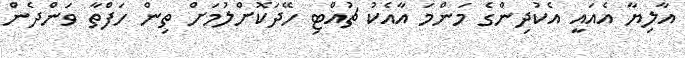
އާލިޔާ އެއައީ އެކުދިންގެ މަންމަ އާއެކު ޗުއްޓި ހޭދަކޮށްލުމަށް ތިން ހަފްތާ ވަންދެން